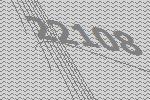
22108